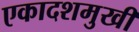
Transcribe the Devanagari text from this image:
एकादशमुखी